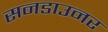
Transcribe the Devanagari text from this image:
सनडाउनर